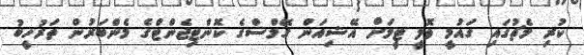
ކުރި މެޗުގައި ގައުމީ ވޮލީ ޓީމަށް އޭޝިއަން ގޭމްސްގެ ކޮންޓިޖެންޓްގެ މެންބަރުން ތަރުހީބު